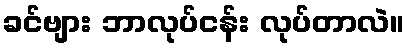
ခင်ဗျား ဘာလုပ်ငန်း လုပ်တာလဲ။